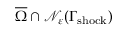
\overline { { \Omega } } \cap \mathcal { N } _ { \varepsilon } ( \Gamma _ { \mathrm { s h o c k } } )